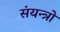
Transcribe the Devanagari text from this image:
संयन्त्रो